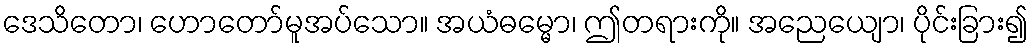
ဒေသိတော၊ ဟောတော်မူအပ်သော။ အယံဓမ္မော၊ ဤတရားကို။ အညေယျော၊ ပိုင်းခြား၍